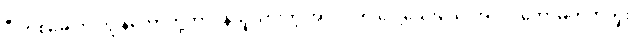
ဒီ တစ်ခေါက် ကျွန်တော်တို့တာဝန်ယူထားတဲ့ အလုပ်က ပေါ့သေးသေးအလုပ်တော့မဟုတ်ဘူး။